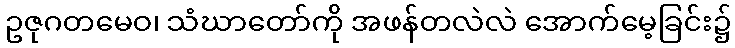
ဥဇုဂတမေဝ၊ သံဃာတော်ကို အဖန်တလဲလဲ အောက်မေ့ခြင်း၌